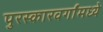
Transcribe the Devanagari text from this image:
पुरस्कारवर्गांमध्ये